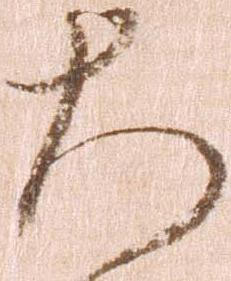
大